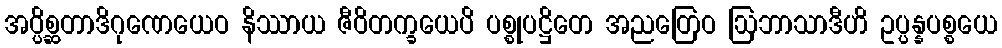
အပ္ပိစ္ဆတာဒိဂုဏေယေဝ နိဿာယ ဇီဝိတက္ခယေပိ ပစ္စုပဋ္ဌိတေ အညတြေဝ ဩဘာသာဒီဟိ ဥပ္ပန္နပစ္စယေ